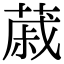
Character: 𦸗